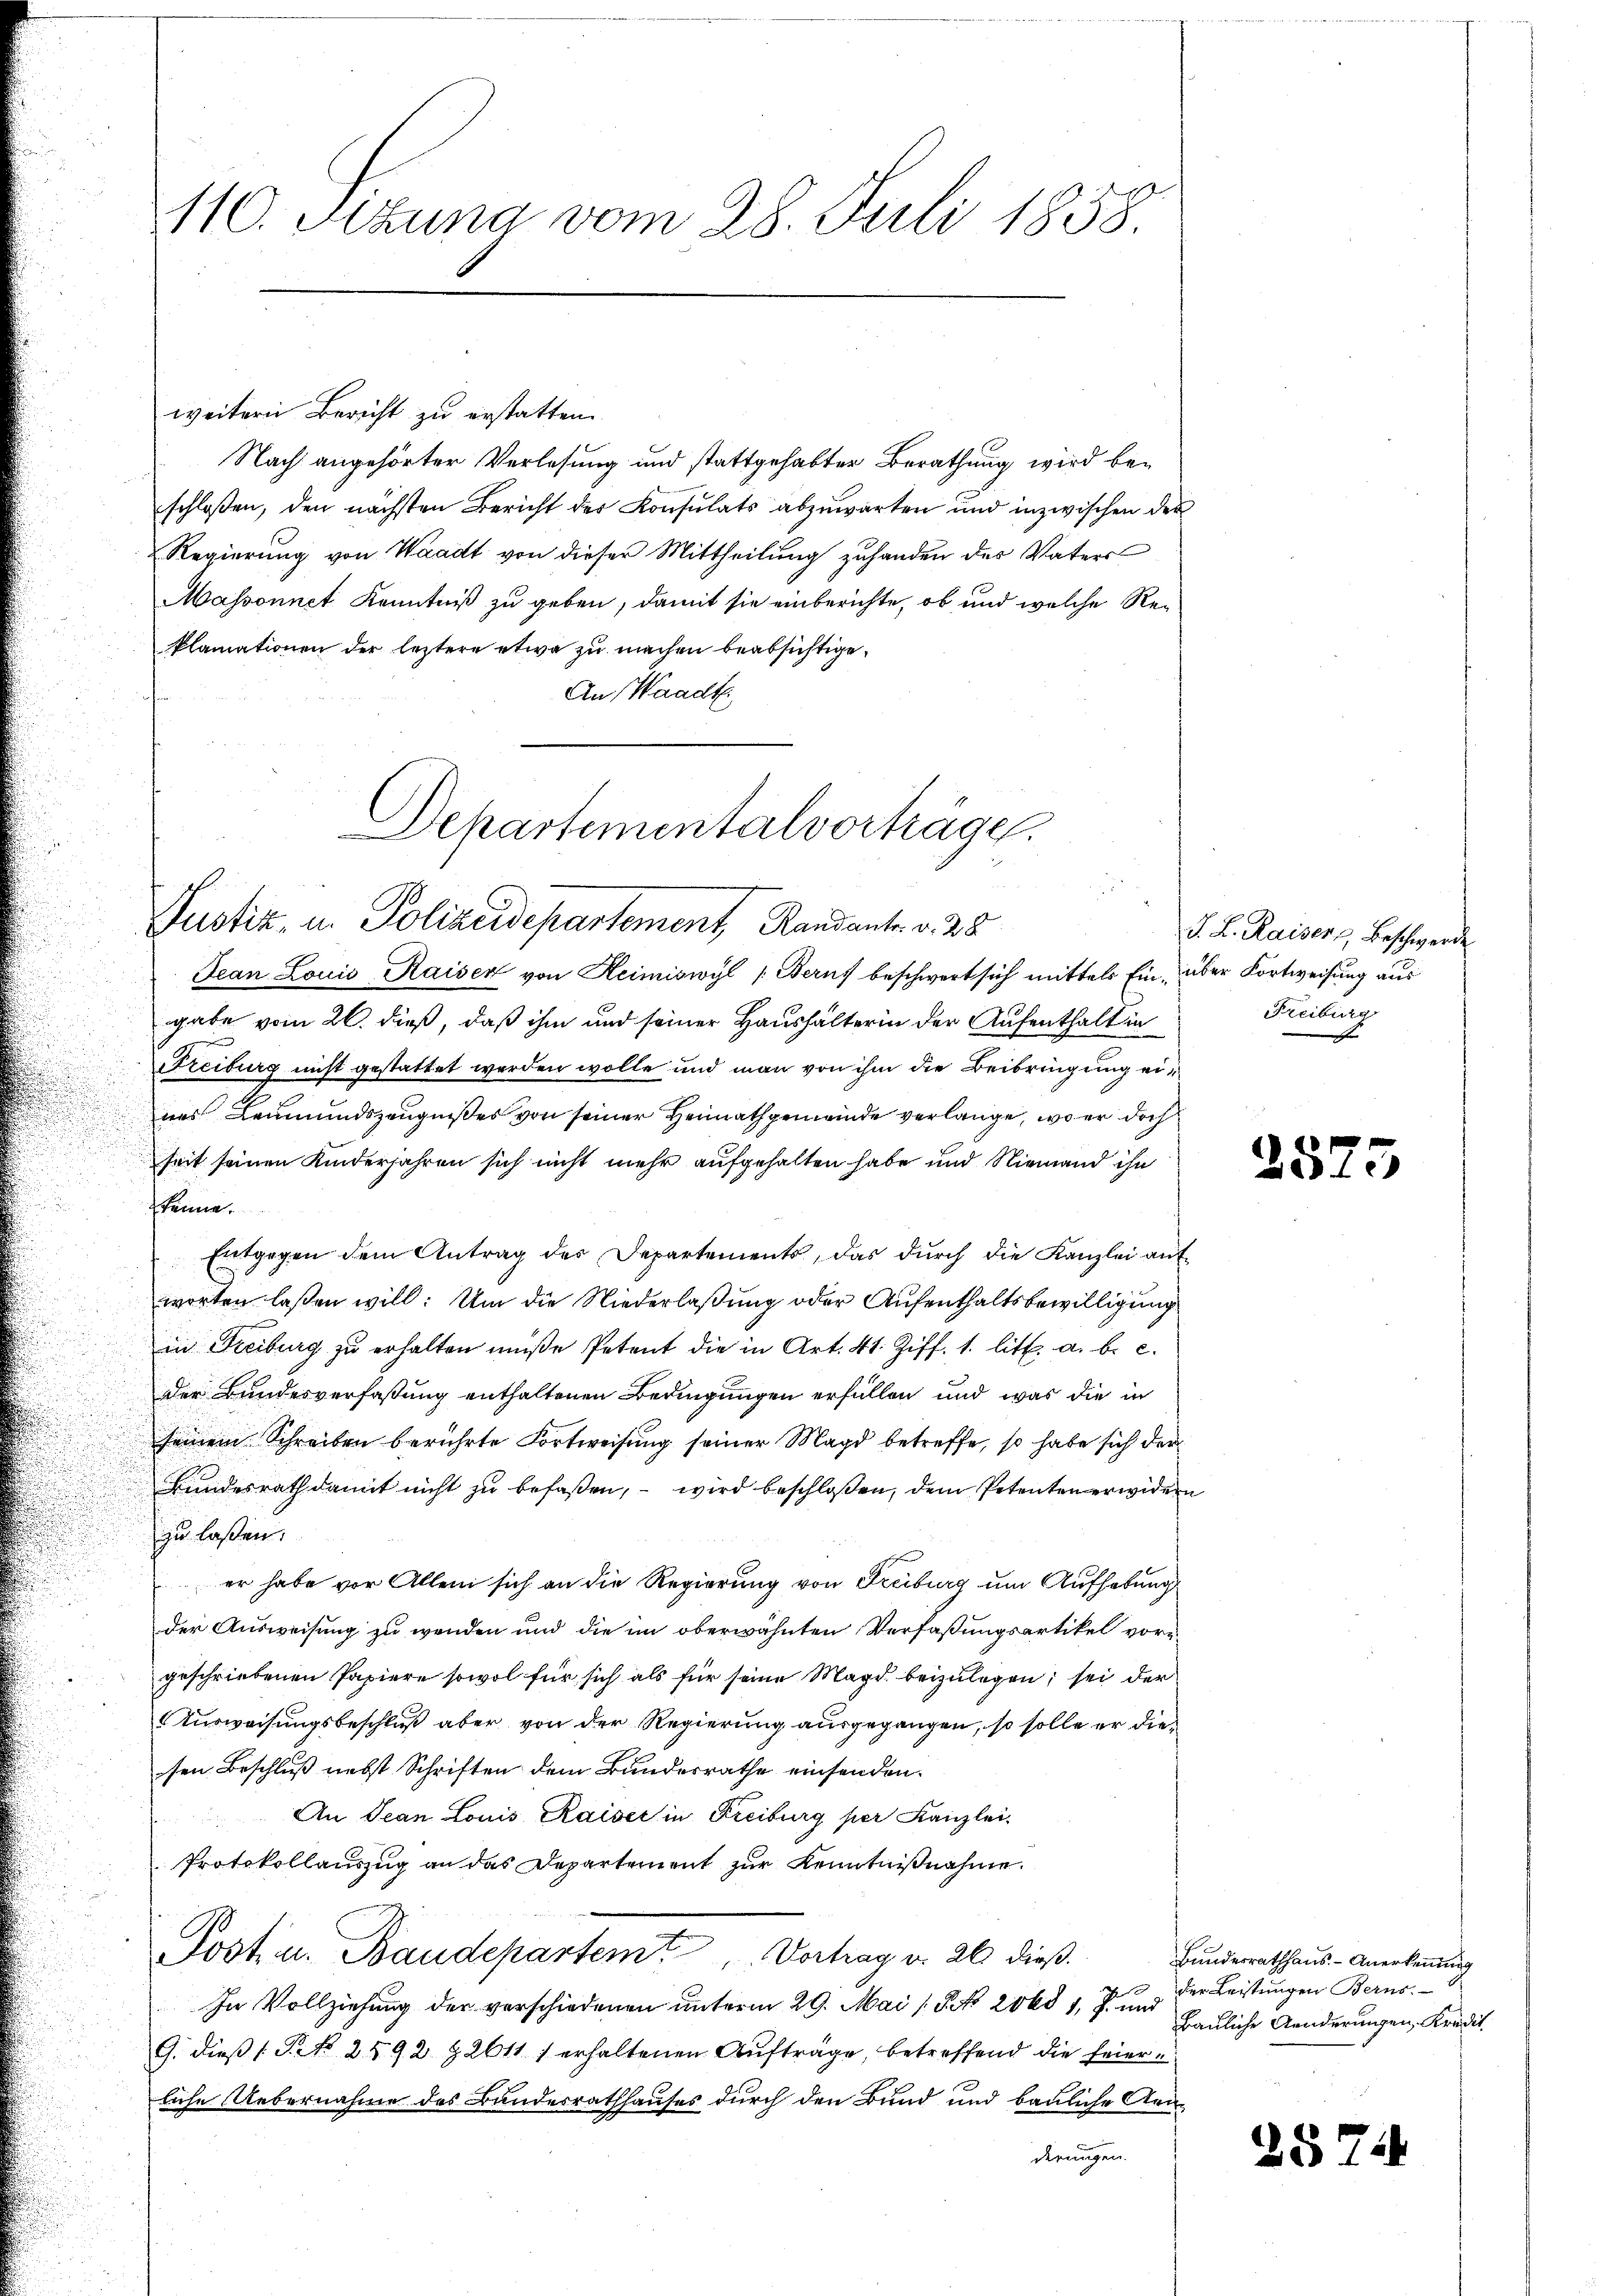
110. Jezuna vom 28. Juli 1858.

weitern Bericht zu erstatten.
Nach angehörter Verlesung und stattgehabter Berathung wird beschloßen, den nächsten Bericht des Konsulats abzuwarten und inzwischen der
Regierung von Waadt von dieser Mittheilung zuhanden des Vaters
Massonnet Kenntniß zu geben, damit sie einberichte, ob und welche Reklamationen der leztere etwa zu machen beabsichtige.
An Waadt.

Jean Louis Kaiser von Heimiswyl (Berns beschwert sich mittels Ein- über Fortweisung aus
gabe vom 26. dieß, daß ihm und seiner Haushälterin der Aufenthalt in
Freiburg nicht gestattet werden wolle und man von ihm die Beibringung eines Leumundszeugnißes von seiner Heimathgemeinde verlange, wo er doch
Zeit seinen Kinderjahren sich nicht mehr aufgehalten habe und Niemand ihn
fkenne.
Entgegen dem Antrag des Departements, das dŭrch die Kanzlei aŭf-
worten laßen will. Um die Niederlaßung oder Aufenthaltsbewilligung
in Freiburg zu erhalten müße, Petent die in Art. 41 Ziff. 1. litt. a. b. c.
der Bundesverfaßung enthaltenen Bedingungen erfüllen und was die in
seinem Schreiben berührte Fortweisung seiner Magd betreffe, so habe sich der
Bundesrath damit nicht zu befaßen, – wird beschloßen, dem Petenten erwidern
zu laßen.
er habe vor Allem sich an die Regierung von Freiburg um Aufhebung
der Ausweisung zu wenden und die im oberwähnten Verfaßungsartikel vorgeschriebenen Papiere sowol für sich als für seine Magd beizulegen, sei der
Ausweisungsbeschluß aber von der Regierung ausgegangen, so solle er diesen Beschluß nebst Schriften dem Bundesrathe einsenden.
An Jean Louis Kaiser in Freiburg per Kanzlei-
Protokollauszug an das Departement zur Kenntnißnahme.
Post u. Baudepartem Vortrag v. 26 dieß.
In Vollziehung der verschiedenen unterm 29. Mai (§ 2068 1, P. und
G. dieß (Prk. 2592 § 2611 f erhaltenen Aufträge, betreffend die Feierliche Uebernahme des Bandesrathhauses durch den Bund und bauliche Uri-
derungen.

Departementalvorträge.
Justiz, u. Polizeidepartement, Randants. v. 28

J. L. Kaiser Beschwerde
Freiburg

25.

Bundesrathhaus. - Anerkennung
3 der Leistungen Berns.
Bauliche Aenderungen, Kredit

)

25

5